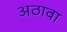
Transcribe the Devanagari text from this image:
अठावा